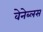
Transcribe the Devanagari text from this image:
वेनेब्लस